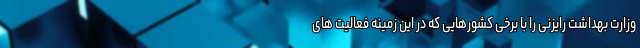
وزارت بهداشت رایزنی را با برخی کشورهایی که در این زمینه فعالیت های